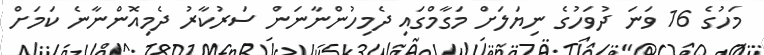
މަހުގެ 16 ވަނަ ދުވަހުގެ ނިޔަލަށް މަގާމްގައި ދެމިހުންނާނަން ސަރުކާރު ދެމިއޮންނާނެ ކަމަށް